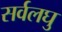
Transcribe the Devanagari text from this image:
सर्वलघु